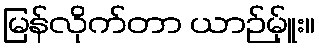
မြန်လိုက်တာ ယာဉ်မ်ှူး။